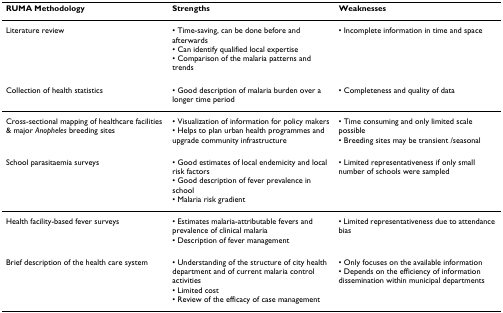
<table><thead><tr><td><b>RUMA Methodology</b></td><td><b>Strengths</b></td><td><b>Weaknesses</b></td></tr></thead><tbody><tr><td>Literature review</td><td>• Time-saving, can be done before and afterwards• Can identify qualified local expertise• Comparison of the malaria patterns and trends</td><td>• Incomplete information in time and space</td></tr><tr><td>Collection of health statistics</td><td>• Good description of malaria burden over a longer time period</td><td>• Completeness and quality of data</td></tr><tr><td>Cross-sectional mapping of healthcare facilities &amp; major <i>Anopheles </i>breeding sites</td><td>• Visualization of information for policy makers• Helps to plan urban health programmes and upgrade community infrastructure</td><td>• Time consuming and only limited scale possible• Breeding sites may be transient /seasonal</td></tr><tr><td>School parasitaemia surveys</td><td>• Good estimates of local endemicity and local risk factors• Good description of fever prevalence in school• Malaria risk gradient</td><td>• Limited representativeness if only small number of schools were sampled</td></tr><tr><td>Health facility-based fever surveys</td><td>• Estimates malaria-attributable fevers and prevalence of clinical malaria• Description of fever management</td><td>• Limited representativeness due to attendance bias</td></tr><tr><td>Brief description of the health care system</td><td>• Understanding of the structure of city health department and of current malaria control activities• Limited cost• Review of the efficacy of case management</td><td>• Only focuses on the available information• Depends on the efficiency of information dissemination within municipal departments</td></tr></tbody></table>